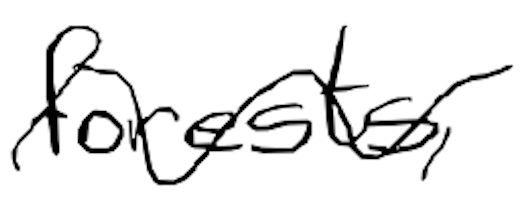
Text: forests,
Cross-out: wave
Writing tool: digital_black